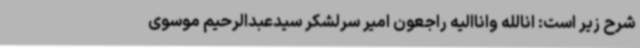
شرح زیر است: انالله واناالیه راجعون امیر سرلشکر سیدعبدالرحیم موسوی